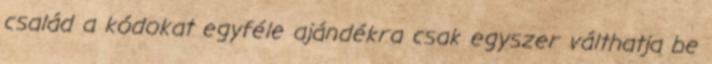
család a kódokat egyféle ajándékra csak egyszer válthatja be